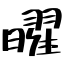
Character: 曜